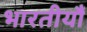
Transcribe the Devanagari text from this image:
भारतीयौं